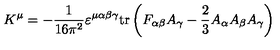
K ^ { \mu } = - \frac { 1 } { 1 6 \pi ^ { 2 } } \varepsilon ^ { \mu \alpha \beta \gamma } \mathrm { t r } \left( F _ { \alpha \beta } A _ { \gamma } - \frac { 2 } { 3 } A _ { \alpha } A _ { \beta } A _ { \gamma } \right) \,